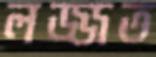
লজ্জত